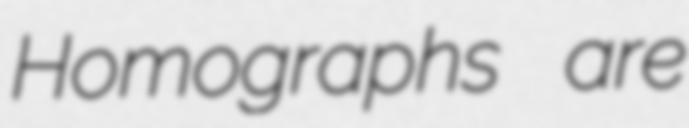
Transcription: Homographs are